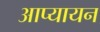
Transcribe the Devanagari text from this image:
आप्यायन